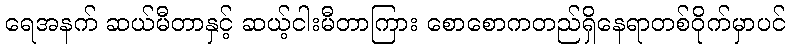
ရေအနက် ဆယ်မီတာနှင့် ဆယ့်ငါးမီတာကြား စောစောကတည်ရှိနေရာတစ်ဝိုက်မှာပင်